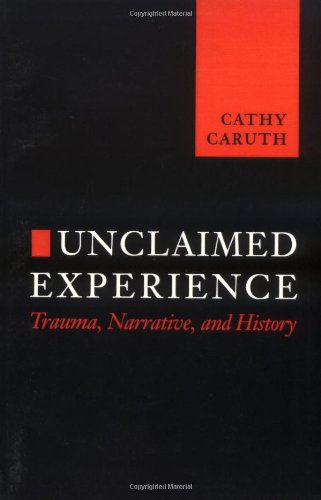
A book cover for Unclaimed Experience: Trauma, Narrative and History; Cathy Caruth; Gay & Lesbian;